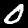
Digit: 0